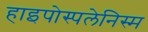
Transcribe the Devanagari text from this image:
हाइपोस्पलेनिस्म